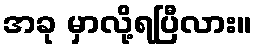
အခု မှာလို့ရပြီလား။